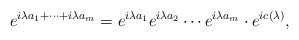
\begin{align*}e^{i\lambda a_1+\cdots+i\lambda a_m}=e^{i\lambda a_1}e^{i\lambda a_2}\cdots e^{i\lambda a_m}\cdot e^{ic(\lambda)},\end{align*}